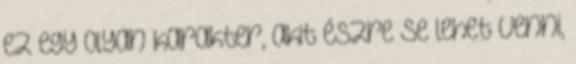
ez egy olyan karakter, akit észre se lehet venni,